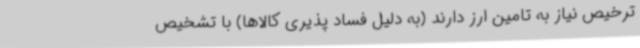
ترخیص نیاز به تامین ارز دارند (به دلیل فساد پذیری کالاها) با تشخیص